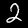
Label: 2